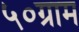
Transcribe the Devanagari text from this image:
५०ग्राम